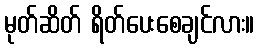
မုတ်ဆိတ် ရိတ်ပေးစေချင်လား။